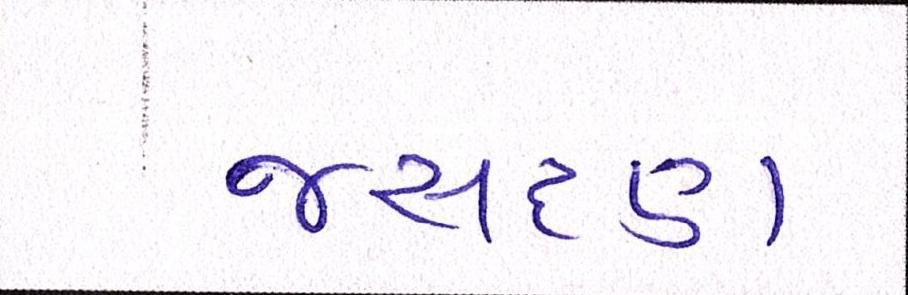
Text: જસદણ